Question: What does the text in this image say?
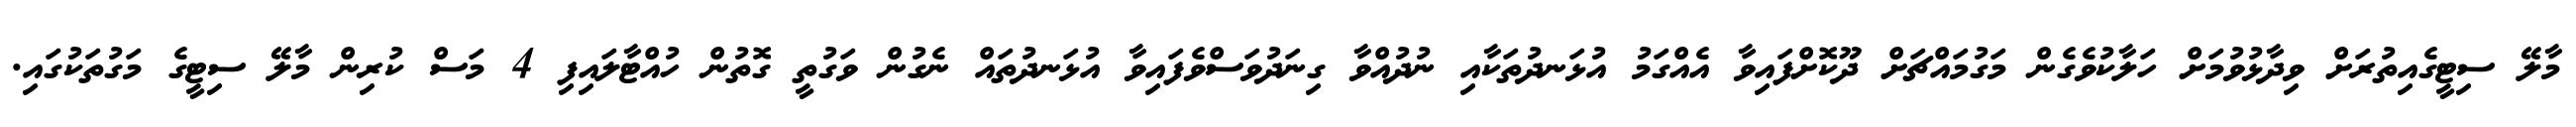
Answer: މާލޭ ސިޓީގެއިތުރަށް ވިދާޅުވުމަށް ހަލާކުވެގެން މަގުމައްޗަށް ދޫކޮށްފައިވާ އެއްގަމު އުޅަނދުތަކާއި ނުދުއްވާ ގިނަދުވަސްވެފައިވާ އުޅަނދުތައް ނެގުން ވަގުތީ ގޮތުން ހުއްޓާލައިފި 4 މަސް ކުރިން މާލޭ ސިޓީގެ މަގުތަކުގައި.